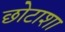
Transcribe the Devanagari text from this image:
छोटाशा